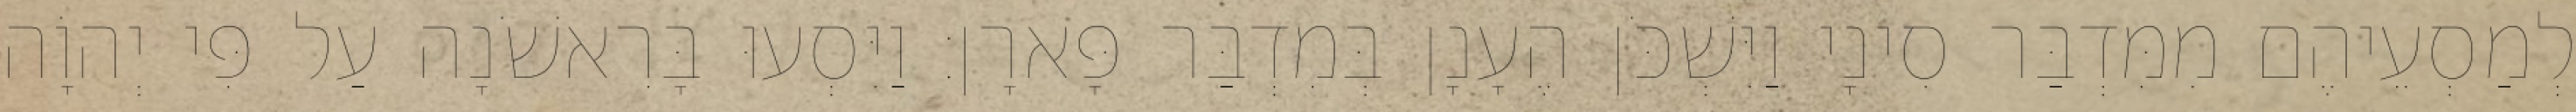
לְמַסְעֵיהֶם מִמִּדְבַּר סִינָי וַיִּשְׁכֹּן הֶעָנָן בְּמִדְבַּר פָּארָן׃ וַיִּסְעוּ בָּרִאשֹׁנָה עַל פִּי יְהוָֹה